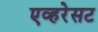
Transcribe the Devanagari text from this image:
एव्हरेसट